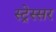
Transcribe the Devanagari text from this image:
स्ट्रेस्सर